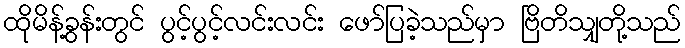
ထိုမိန့်ခွန်းတွင် ပွင့်ပွင့်လင်းလင်း ဖော်ပြခဲ့သည်မှာ ဗြိတိသျှတို့သည်